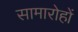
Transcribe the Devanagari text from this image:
सामारोहों